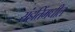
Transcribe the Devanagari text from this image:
संहतिंमधील